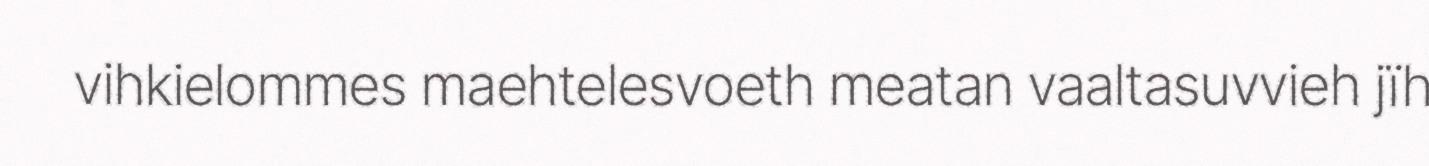
vihkielommes maehtelesvoeth meatan vaaltasuvvieh jïh